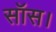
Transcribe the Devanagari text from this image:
सॉस।